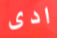
ادى